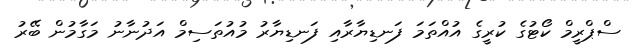
ސްޕްރީމް ކޯޓުގެ ކުރީގެ އުއްތަމަ ފަނޑިޔާރާއި ފަނޑިޔާރު މުއުތަސިމް އަދުނާނު މަގާމުން ބޭރު